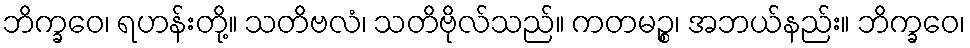
ဘိက္ခဝေ၊ ရဟန်းတို့။ သတိဗလံ၊ သတိဗိုလ်သည်။ ကတမဉ္စ၊ အဘယ်နည်း။ ဘိက္ခဝေ၊